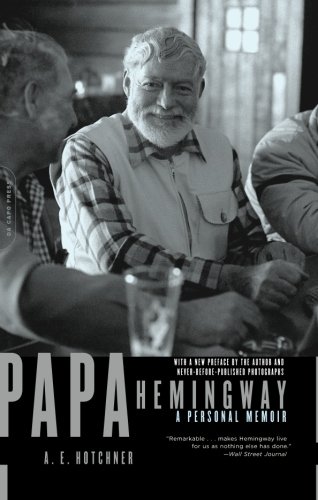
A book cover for Papa Hemingway: A Personal Memoir; A. E. Hotchner; Biographies & Memoirs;